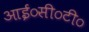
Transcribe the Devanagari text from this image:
आई०सी०टी०